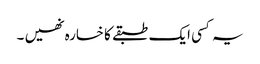
یہ کسی ایک طبقے کا خسارہ نھیں ۔